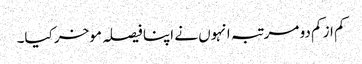
کم از کم دو مرتبہ انہوں نے اپنا فیصلہ موخر کیا۔